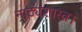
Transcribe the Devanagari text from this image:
नाट्यशास्त्र।